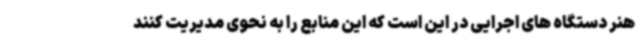
هنر دستگاه های اجرایی در این است که این منابع را به نحوی مدیریت کنند